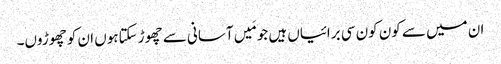
ان میں سے کون کون سی برائیاں ہیں جو مَیں آسانی سے چھوڑ سکتاہوں ان کو چھوڑوں۔